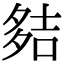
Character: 夡